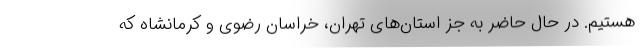
هستیم. در حال حاضر به جز استان‌های تهران، خراسان رضوی و کرمانشاه که